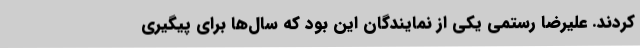
کردند. علیرضا رستمی یکی از نمایندگان این بود که سال‌ها برای پیگیری